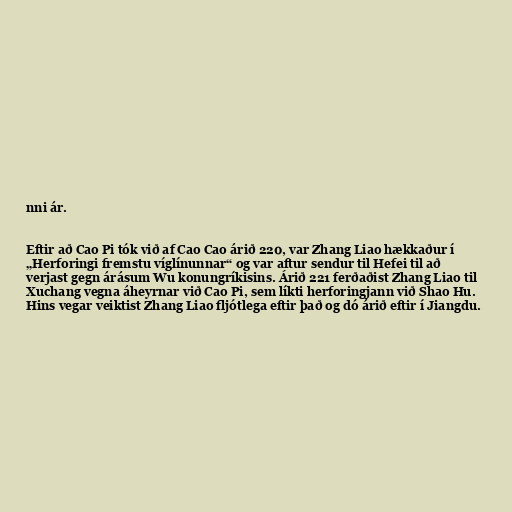
nni ár.

Eftir að Cao Pi tók við af Cao Cao árið 220, var Zhang Liao hækkaður í
„Herforingi fremstu víglínunnar“ og var aftur sendur til Hefei til að
verjast gegn árásum Wu konungríkisins. Árið 221 ferðaðist Zhang Liao til
Xuchang vegna áheyrnar við Cao Pi, sem líkti herforingjann við Shao Hu.
Hins vegar veiktist Zhang Liao fljótlega eftir það og dó árið eftir í Jiangdu.